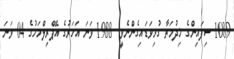
1089 ސިފައިންގެ ޚިދުމަތާ ގުޅިވަޑައިގެންނެވީ  1988 ވަނަ އަހަރުގެ އޭޕްރިލްމަހުގެ 04 ވަނަ